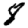
Digit: 8